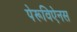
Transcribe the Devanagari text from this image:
पेरूविऐनस